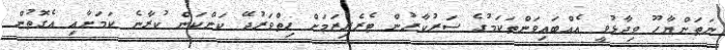
ނަތަންޔާހޫ ވިދާޅުވީ އެއްބައިވަންތަކަމުގެ ސަރުކާރުން ޓެރެރިޒަމަށް ހިތްވަރުދޭ ކަންކަން ކުރާނެ ކަމަށާއި އެގޮތުން